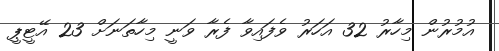
އުމުރުން މިހާރު 32 އަހަރު ވެފައިވާ ފެރާ ވަނީ މިިހާތަނަށް 23 އޭޓީޕީ